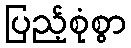
ပြည့်စုံစွာ